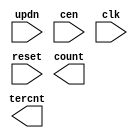
////////////////////////////////////////////////////////////////////////////////
//
//       This confidential and proprietary software may be used only
//     as authorized by a licensing agreement from Synopsys Inc.
//     In the event of publication, the following notice is applicable:
//
//                    (C) COPYRIGHT 1994 - 2023 SYNOPSYS INC.
//                           ALL RIGHTS RESERVED
//
//       The entire notice above must be reproduced on all authorized
//     copies.
//
//
// VERSION:   Simulation Architecture
//
// DesignWare_version: f4092d46
// DesignWare_release: U-2022.12-DWBB_202212.5
//
////////////////////////////////////////////////////////////////////////////////
//-------------------------------------------------------------------------
//
// ABSTRACT:  LFSR Up/Down Counter
//           Programmable wordlength (width in integer range 1 to 50)
//           positive edge-triggering clock: clk
//           asynchronous reset(active low): reset
//           updn = '1' count up, updn = '0' count down
//           count state : count
//           when reset = '0' , count <= "000...000"
//           counter state 0 to 2**width-2, "111...111" illegal state
//
// MODIFIED:
//
//           07/16/2015  Liming Su   Changed for compatibility with VCS Native
//                                   Low Power
//
//           07/14/94 06:26am
//           GN Feb. 16th, 1996
//           changed dw03 to DW03
//           remove $generic
//           define parameter width=8
//-------------------------------------------------------------------------

module DW03_lfsr_updn
 (updn, cen, clk, reset, count, tercnt);


  parameter integer width = 8;
  input updn, cen, clk, reset;
  output [width-1 : 0] count;
  output tercnt;

  // synopsys translate_off

  reg shift_right, shift_left, right_xor, left_xor, tc;
  reg [width-1 : 0] q, de, d;

`ifdef UPF_POWER_AWARE
`protected
W=AE5J(.0-@BW)R=0&B[IJ+^M;fWJe7Za]Gf:EbHOFI5Qa^KFNED,)eGT>faB0Hb
)]?SeaZ0S;2cWdI9/bdBd(Q3\[5Q.),+X:7#T\XUU&=-GN2(W\;XMLMBTDUKcGNY
ZXPVR&d38^L,JK8?VG\MMOe8f?+U7#ScB=N,E]Y64c+OWNM<9@^4[5/a.^QAHQT_
X?5<LTe0+BQO]HTY/RV/X02-Y/W#&6T=Z7N0:CeCN8\Oc3\[@UKBeL9EXEV#Vd<+
gR91G91GaNbR)=9_\Y5+44#aI++;@+bI5C+aIc?22C--W]TLJ7=4@\E,8,U9d&/^
Q+M]9f5cO7D?+;2LXIE;3a.WM<>#E,9M+NUXDNWWd3[?3&+P=@Kc?fA#NN(L)-#M
gMg+T9eNM_DFN9Ga@.03Ta=Y6/7H^KB>.GbS@N9I:?HU&&DFGc=bEWe_WH;e+2+V
ZABA_<4Y/Q6B?e<&>bG6+ffR1Zd2E,<eHGRZM=F,^-.E)J3<^)>,U-DNZaTbY7:V
LJXZK:YeL:PVIQY\YF<MX9<8PCIDTgP=H];L2VPbIZg7cPd@d-3/&SI]O?R#ZID.
-<OU((G+a\92^:(CME^LL)W4#[IIF&fUKMGMa\0WB]N&b=HaA?dR#PS_/OTIBAD0
e.)A(9Q-,#QBSXRT_8U+])E]If7E0AS4aE(N<QBV-WOSdNBP:A+6U-)\&[S[?Wac
W&[24&cP]F#?#fA8-PWN-=.OVS&Re\=;JIK-0.BVUX1F?N8TJ,;X.f@PVP2FQ4Gb
XINBYV.GE32OHIV:+PP/[C42Y=70^>?TW6OQ9\>X#,(39Ua?(QW3HM[,RKV&aQ&<
/c+5M3B)Cb?df^[M0:#[ZSb_I_X/E@R=<7]2b\OQG-KAcI9FJ?7.8dI;dJb9R=\8
FI[7OT,=^7cb7N<W8BI=P3c,&KfCN@W1)SEM^96g0#R3=H[HRC-]bV)+gD5[2YDb
GXFg(GeHOe=#6YQ@SHf]IgaN7L/?,I>CQ>c;J>cYV?XOg\d6=31YFTBaJ2KK/L4>
aIO_?FHEJNZ&BH8R0CeE\K8bVZf4N3W?Zf\_UAVFWS_6c:g0<[Y)0KK,(af6AI/T
HEf;-JF35J.Z@Z35\9)>A&@/A<6[eeCc4Hd+GN@E38\+&FFA;T2,GK>^W=BgFe=>
5>\L2Se(-D,^IJNNcbATKdLc-[7dUcZ<dO1&-;[Sf501388),7ROV[XT-(EFa[7A
24f0bNT>8edP4,2_E-Y4-IU+2TL.&J1,U]0)/XTWWNON>C2\)B#.YKM]1(,6VC9Q
d<[]8(R=BCG64d;+8-_R48eF74/LE8Wb3,@NLHUVNgeaD><CDKc/]0>P(,e<+7K@
Mcb8Tge93SALX#QC,=dISEU(SP>[+XTHE_9NJcCWE#gT/N)V63L,(855NacA^(ZD
K7_(deS[-LI6+:CY^P.7f_N#O;#X\:7)B>)KZ0<0EU;CWd#S1UL1&604eWC,XTLA
?T=YP0-K3AP0C.72N^<-5.[6@;.)98A#)g)HZEeA-Uf,+[=B/G_4ZRHF7;(d&4VB
g<?X7OS58\c)f?],c8(TP_gFC;;U<2[fF>eCA2eWae]7+2K3RRYeFO;dMc/1MO&1
M?a2/O6X[a/H?-:>8\LAeA0:,#(<cF1@G.@-e10cB[C;R(4<aBL53_R\a=N80>=<
&]Y<.d9BZH#\5d42/TRgNb2g4O4Be6FSF<eO5#W5=AJ\))#Y7dW=4&UeXf5]Y+/I
Sa0(THZ?K4Z<&LaXd5[,9?IYGBI=^5c9+,?TTV)&Z;Cb&GN--H@MgPT^?S?1CTYb
X;/F4(\O,-R\]1;)EKJ,0A++79_YKWS6-XT<&7<OJ0K+_=Fc]4Kag.UeUU=UB.-7Q$
`endprotected

`else
  reg [width-1 : 0] pr, pl;
`endif

  function [width-1 : 0] shr;
    input [width-1 : 0] a;
    input msb;
    reg [width-1 : 0] b;
    begin
      b = a >> 1;
      b[width-1] = msb;
      shr = b;
    end
  endfunction

  function [width-1 : 0] shl;
    input [width-1 : 0] a;
    input lsb;
    reg [width-1 : 0] b;
    begin
      b = a << 1;
      b[0] = lsb;
      shl = b;
    end
  endfunction

  assign count  = q;
  assign tercnt = tc;

`ifndef UPF_POWER_AWARE
  initial
    begin
    case (width)
      1: pr = 1'b1;
      2,3,4,6,7,15,22: pr = 'b011;
      5,11,21,29,35: pr = 'b0101;
      10,17,20,25,28,31,41: pr = 'b01001;
      9,39: pr = 'b010001;
      23,47: pr = 'b0100001;
      18: pr = 'b010000001;
      49: pr = 'b01000000001;
      36: pr = 'b0100000000001;
      33: pr = 'b010000000000001;
      8,38,43: pr = 'b01100011;
      12: pr = 'b010011001;
      13,45: pr = 'b011011;
      14: pr = 'b01100000000011;
      16: pr = 'b0101101;
      19: pr = 'b01100011;
      24: pr = 'b011011;
      26,27: pr = 'b0110000011;
      30: pr = 'b011000000000000011;
      32,48: pr = 'b011000000000000000000000000011;
      34: pr = 'b01100000000000011;
      37: pr = 'b01010000000101;
      40: pr = 'b01010000000000000000101;
      42: pr = 'b0110000000000000000000011;
      44,50: pr = 'b01100000000000000000000000011;
      46: pr = 'b01100000000000000000011;
      default pr = 'bx;
    endcase
    pl = shr(pr,1'b1);
    end
`endif

  always
    begin: proc_shr
      right_xor = (width == 1) ? ~ q[0] : ^ (q & pr);
      shift_right = ~ right_xor;
      @q;
    end // proc_shr

  always
    begin: proc_shl
      left_xor = (width == 1) ? ~ q[width-1] : ^ (q & pl);
      shift_left = ~ left_xor;
      @q;
    end // proc_shl

  always
    @(updn or cen or q or shift_right or shift_left)
    begin
      de = updn ? shr(q,shift_right) : shl(q,shift_left);
      d = cen ? de : q;
    end


  always @(posedge clk or negedge reset)
    begin
    if (reset === 1'b0)
      q <= {width{1'b0}};

    else
      q <= d;
    end

  always @ (q or updn)
    begin
    if (updn === 1'bx)
      tc = 1'bx;
	  
    else
      begin
      if (updn === 1'b0)
		begin
		if (q === {1'b1, {width-1{1'b0}}})
		  tc = 1'b1;
	     
		else
		  tc = 1'b0;
		end
	     
      else
		begin
		if (q === {{width-1{1'b0}}, 1'b1})
		   tc = 1'b1;
	     
		else
		   tc = 1'b0;
		end
      end
    end

  // synopsys translate_on

endmodule // DW03_lfsr_updn